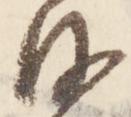
沙